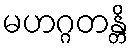
မဟဂ္ဂတန္တိ